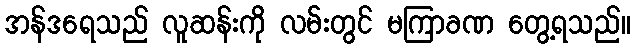
အန်ဒရေသည် လူဆန်းကို လမ်းတွင် မကြာခဏ တွေ့ရသည်။